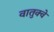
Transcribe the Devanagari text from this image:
वातुक्वे